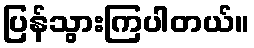
ပြန်သွားကြပါတယ်။